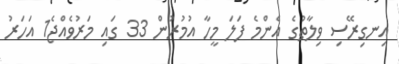
އިނގިރޭސި ވިލާތުގެ އެންމެ ފަލަ މީހާ އުމުރުން 33 ގައި މަރުވެއްޖެ1 އަހަރު